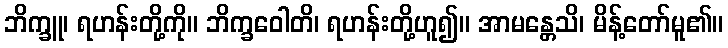
ဘိက္ခူ၊ ရဟန်းတို့ကို။ ဘိက္ခဝေါတိ၊ ရဟန်းတို့ဟူ၍။ အာမန္တေသိ၊ မိန့်တော်မူ၏။